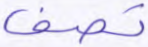
تصف